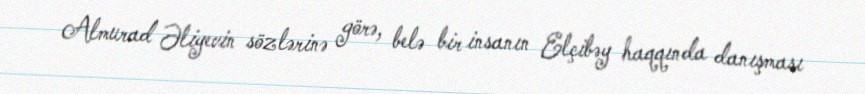
Almurad Əliyevin sözlərinə görə, belə bir insanın Elçibəy haqqında danışması